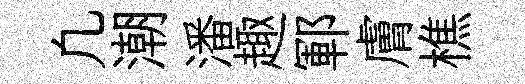
凢潮潘趣鄆膚樵